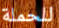
للحملة